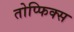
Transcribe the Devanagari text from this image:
तोप्फिक्स